Indian journal of veterinary science and animal husbandry - Volume 10,
Year: 1940
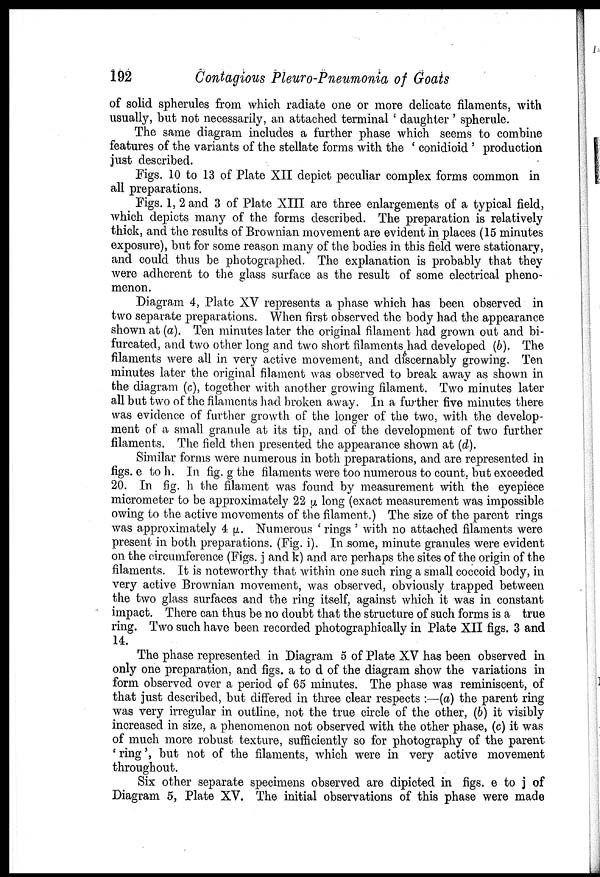
192
Contagious Pleuro-Pneumonia of Goats
of solid spherules from which radiate one or more delicate filaments, with
usually, but not necessarily, an attached terminal ' daughter ' spherule.
The same diagram includes a further phase which seems to combine
features of the variants of the stellate forms with the ' conidioid ' production
just described.
Figs. 10 to 13 of Plate XII depict peculiar complex forms common in
all preparations.
Figs. 1, 2 and 3 of Plate XIII are three enlargements of a typical field,
which depicts many of the forms described. The preparation is relatively
thick, and the results of Brownian movement are evident in places (15 minutes
exposure), but for some reason many of the bodies in this field were stationary,
and could thus be photographed. The explanation is probably that they
were adherent to the glass surface as the result of some electrical pheno-
menon.
Diagram 4, Plate XV represents a phase which has been observed in
two separate preparations. When first observed the body had the appearance
shown at (a). Ten minutes later the original filament had grown out and bi-
furcated, and two other long and two short filaments had developed (b). The
filaments were all in very active movement, and discernably growing. Ten
minutes later the original filament was observed to break away as shown in
the diagram (c), together with another growing filament. Two minutes later
all but two of the filaments had broken away. In a further five minutes there
was evidence of further growth of the longer of the two, with the develop-
ment of a small granule at its tip, and of the development of two further
filaments. The field then presented the appearance shown at (d).
Similar forms were numerous in both preparations, and are represented in
figs, e to h. In fig. g the filaments were too numerous to count, but exceeded
20. In fig. h the filament was found by measurement with the eyepiece
micrometer to be approximately 22 µ long (exact measurement was impossible
owing to the active movements of the filament.) The size of the parent rings
was approximately 4 µ. Numerous ' rings ' with no attached filaments were
present in both preparations. (Fig. i). In some, minute granules were evident
on the circumference (Figs. j and k) and are perhaps the sites of the origin of the
filaments. It is noteworthy that within one such ring a small coccoid body, in
very active Brownian movement, was observed, obviously trapped between
the two glass surfaces and the ring itself, against which it was in constant
impact. There can thus be no doubt that the structure of such forms is a true
ring. Two such have been recorded photographically in Plate XII figs. 3 and
14.
The phase represented in Diagram 5 of Plate XV has been observed in
only one preparation, and figs. a to d of the diagram show the variations in
form observed over a period of 65 minutes. The phase was reminiscent, of
that just described, but differed in three clear respects :—(a) the parent ring
was very irregular in outline, not the true circle of the other, (b) it visibly
increased in size, a phenomenon not observed with the other phase, (c) it was
of much more robust texture, sufficiently so for photography of the parent
' ring', but not of the filaments, which were in very active movement
throughout.
Six other separate specimens observed are dipicted in figs. e to j of
Diagram 5, Plate XV. The initial observations of this phase were made